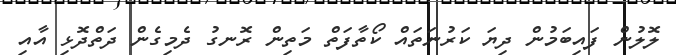
ލޮލުން ފައިބަމުން ދިޔަ ކަރުނަތައް ކޯތާފަތް މަތިން ރޮނގު ދެމިގެން ދަތްދޮޅި އާއި